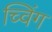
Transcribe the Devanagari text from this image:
च्विंग